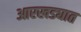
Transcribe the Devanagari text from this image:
आरखड्यात